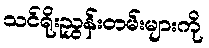
သင်ရိုးညွှန်းတမ်းများကို